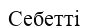
Себетті